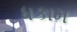
ધકામ